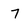
Character: 7